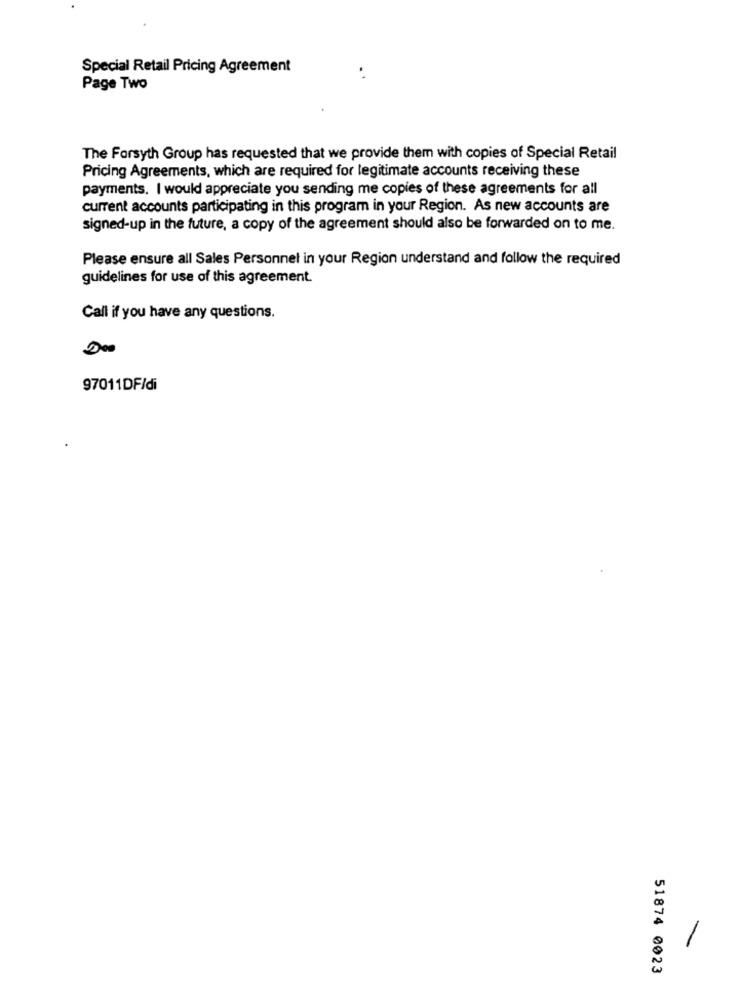
Special Retail Pricing Agreement
Page Two
The Forsyth Group has requested that we provide them with copies of Special Retail
Pricing Agreements, which are required for legitimate accounts receiving these
payments. I would appreciate you sending me copies of these agreements for all
current accounts participating in this program in your Region. As new accounts are
signed-up in the future, a copy of the agreement should also be forwarded on to me.
Please ensure all Sales Personnel in your Region understand and follow the required
guidelines for use of this agreement.
Call if you have any questions.
De
97011DF/di
51874 0023